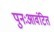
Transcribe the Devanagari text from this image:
पुनःआवंटित